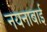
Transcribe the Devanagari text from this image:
नयनाबाई